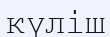
күліш